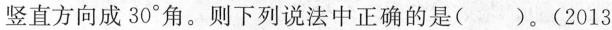
竖直方向成30^{\circ}角。则下列说法中正确的是()。(2013